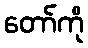
တော်ကို